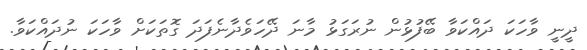
ދީނީ ވާހަކަ ދައްކަވާ ބޭފުޅުން ނުރަގަޅު މާނަ ދޭހަވެދާނެފަދަ ގޮތަކަށް ވާހަކަ ނުދައްކަވާ.